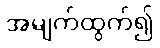
အမျက်ထွက်၍